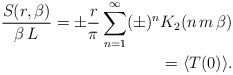
\begin{align*}{S(r,\beta)\over \beta\,L} = \pm{r\over \pi} \sum_{n=1}^\infty(\pm)^n K_2(n\,m\,\beta) \\ =\langle T(0) \rangle.\end{align*}